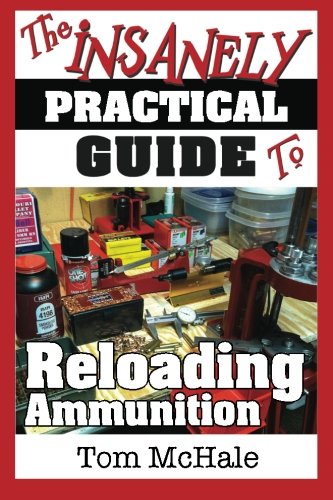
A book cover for The Insanely Practical Guide to Reloading Ammunition: Learn the easy way to reload your own rifle and pistol cartridges; Tom McHale; Sports & Outdoors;